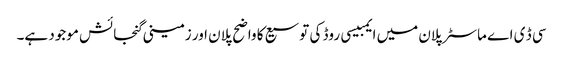
سی ڈ ی اے ماسٹر پلان میں ایمبیسی روڈ کی توسیع کا واضح پلان اور زمینی گنجائش موجود ہے۔